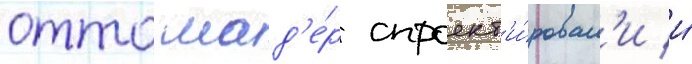
отто мад'е́р спроект'и́ровал'и и́